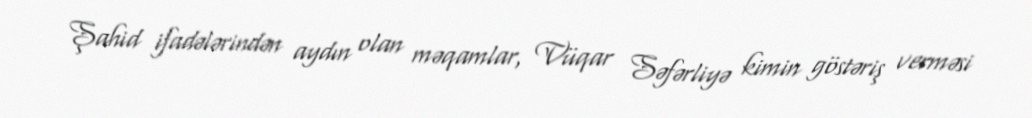
Şahid ifadələrindən aydın olan məqamlar, Vüqar Səfərliyə kimin göstəriş verməsi